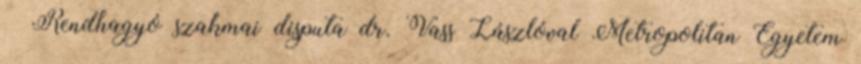
– Rendhagyó szakmai disputa dr. Vass Lászlóval Metropolitan Egyetem